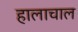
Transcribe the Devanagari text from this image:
हालाचाल